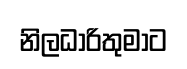
නිලධාරිතුමාට